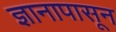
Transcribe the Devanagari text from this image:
ज्ञानापासून